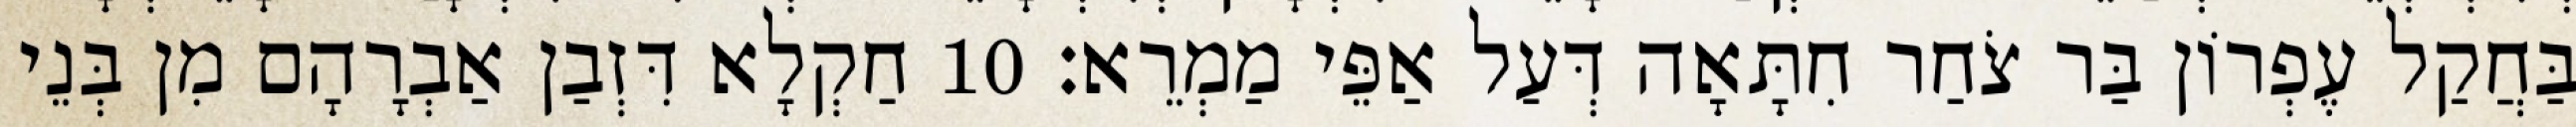
בַּחֲקַל עֶפְרוֹן בַּר צֹחַר חִתָּאָה דְּעַל אַפֵּי מַמְרֵא׃ 10 חַקְלָא דִּזְבַן אַבְרָהָם מִן בְּנֵי